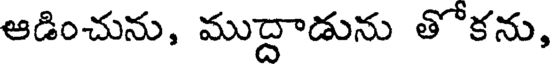
ఆడించును, ముద్దాడును తోకను,